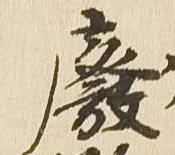
廃